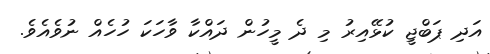
އަދި ޕަބްޖީ ކުޅޭއިރު މި ދެ މީހުން ދައްކާ ވާހަކަ ހުހެއް ނުވެއެވެ.